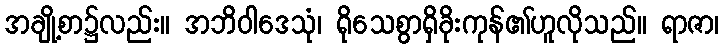
အချို့စာ၌လည်း။ အဘိဝါဒေသုံ၊ ရိုသေစွာရှိခိုးကုန်၏ဟူလိုသည်။ ရာဇာ၊